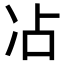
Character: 𫥄